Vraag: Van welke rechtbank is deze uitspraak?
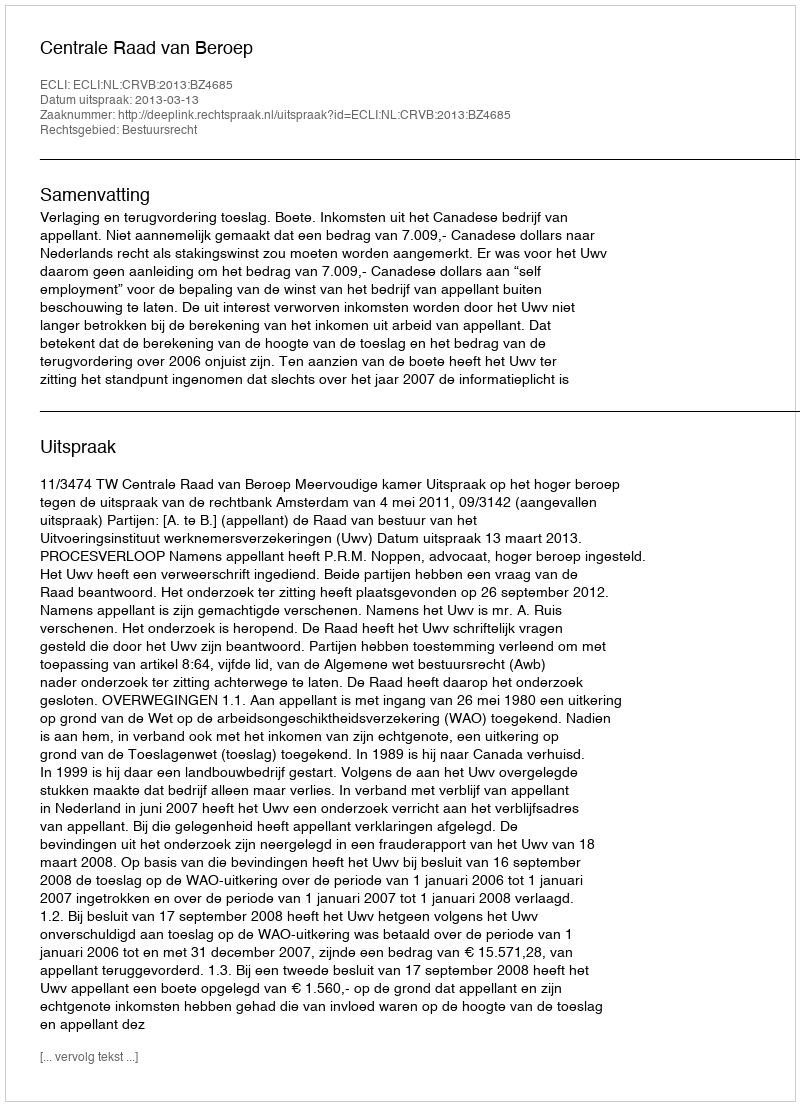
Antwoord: Centrale Raad van Beroep